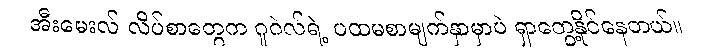
အီးမေးလ် လိပ်စာတွေက ဂူဂဲလ်ရဲ့ ပထမစာမျက်နှာမှာပဲ ရှာတွေ့နိုင်နေတယ်။